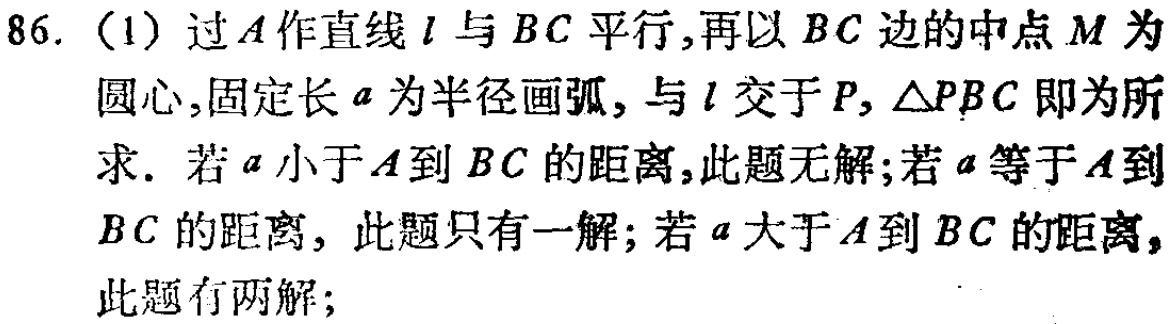
86. (1) 过\(A\)作直线\(l\)与\(BC\)平行,再以\(BC\)边的中点\(M\)为圆心,固定长\(a\)为半径画弧, 与\(l\)交于\(P\), \(\triangle PBC\)即为所求. 若\(a\)小于\(A\)到\(BC\)的距离,此题无解;若\(a\)等于\(A\)到\(BC\)的距离, 此题只有一解; 若\(a\)大于\(A\)到\(BC\)的距离, 此题有两解;